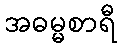
အဓမ္မစာရီ